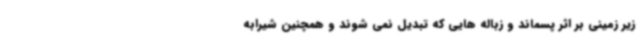
زیر زمینی بر اثر پسماند و زباله هایی که تبدیل نمی شوند و همچنین شیرابه